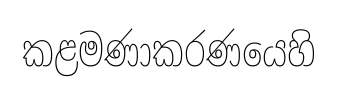
කළමණාකරණයෙහි